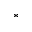
^ { * }